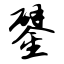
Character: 鐾